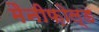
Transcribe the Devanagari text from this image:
मैनीफ़ोल्ड